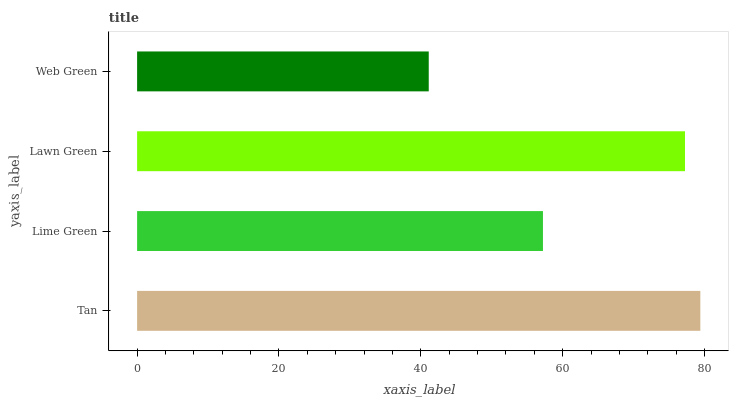
| yaxis_label | bars |
 | --- | --- |
 | Tan | 79.4 |
 | Lime Green | 57.2 |
 | Lawn Green | 77.2 |
 | Web Green | 41.1 |